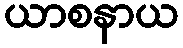
ယာစနာယ